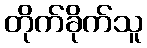
တိုက်ခိုက်သူ